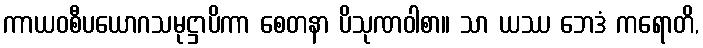
ကာယဝစီပယောဂသမုဋ္ဌာပိကာ စေတနာ ပိသုဏဝါစာ။ သာ ယဿ ဘေဒံ ကရောတိ,